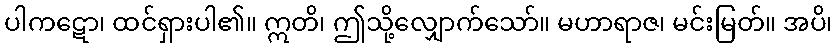
ပါကဋော၊ ထင်ရှားပါ၏။ ဣတိ၊ ဤသို့လျှောက်သော်။ မဟာရာဇ၊ မင်းမြတ်။ အပိ၊